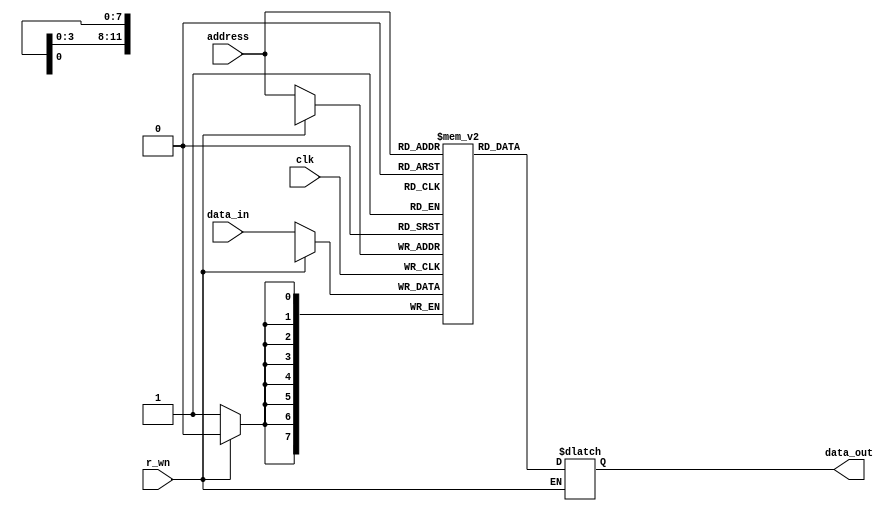
`timescale 1ns / 1ps
//////////////////////////////////////////////////////////////////////////////////
// The College of New Jersey
// 
// Module Name: RAM
// Project Name: RISC-V ASIC Microcontroller
// Target Devices: Artix-7 Nexys 4
//////////////////////////////////////////////////////////////////////////////////


module RAM(clk, r_wn, address, data_in, data_out);

input clk;
input r_wn;
input [11:0] address;
input [7:0] data_in;
output [7:0] data_out;

reg [7:0] memory_array [0:4095];
reg [7:0] data_out;

always @(posedge clk) begin
    if (!r_wn) memory_array[address] <= data_in;
end

always @ (*) begin
    if (r_wn) data_out <= memory_array[address];
end

endmodule